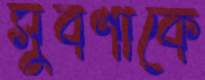
সুবর্ণাকে